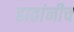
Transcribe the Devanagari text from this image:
हातांनीच